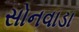
સોનવાડા